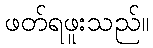
ဖတ်ရဖူးသည်။